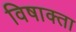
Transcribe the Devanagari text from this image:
विषाक्ता